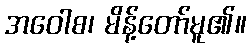
အဝေါစ၊ မိန့်တော်မူ၏။